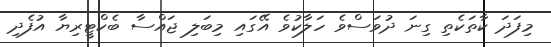
މިފަދަ ކާތަކެތި ގިނަ ދުވަސްވެ ހަލާކުވެ އޭގައި މިބަލި ޖައްސާ ބެކްޓީރިޔާ އުފެދި